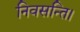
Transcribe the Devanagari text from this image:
निवसन्ति।